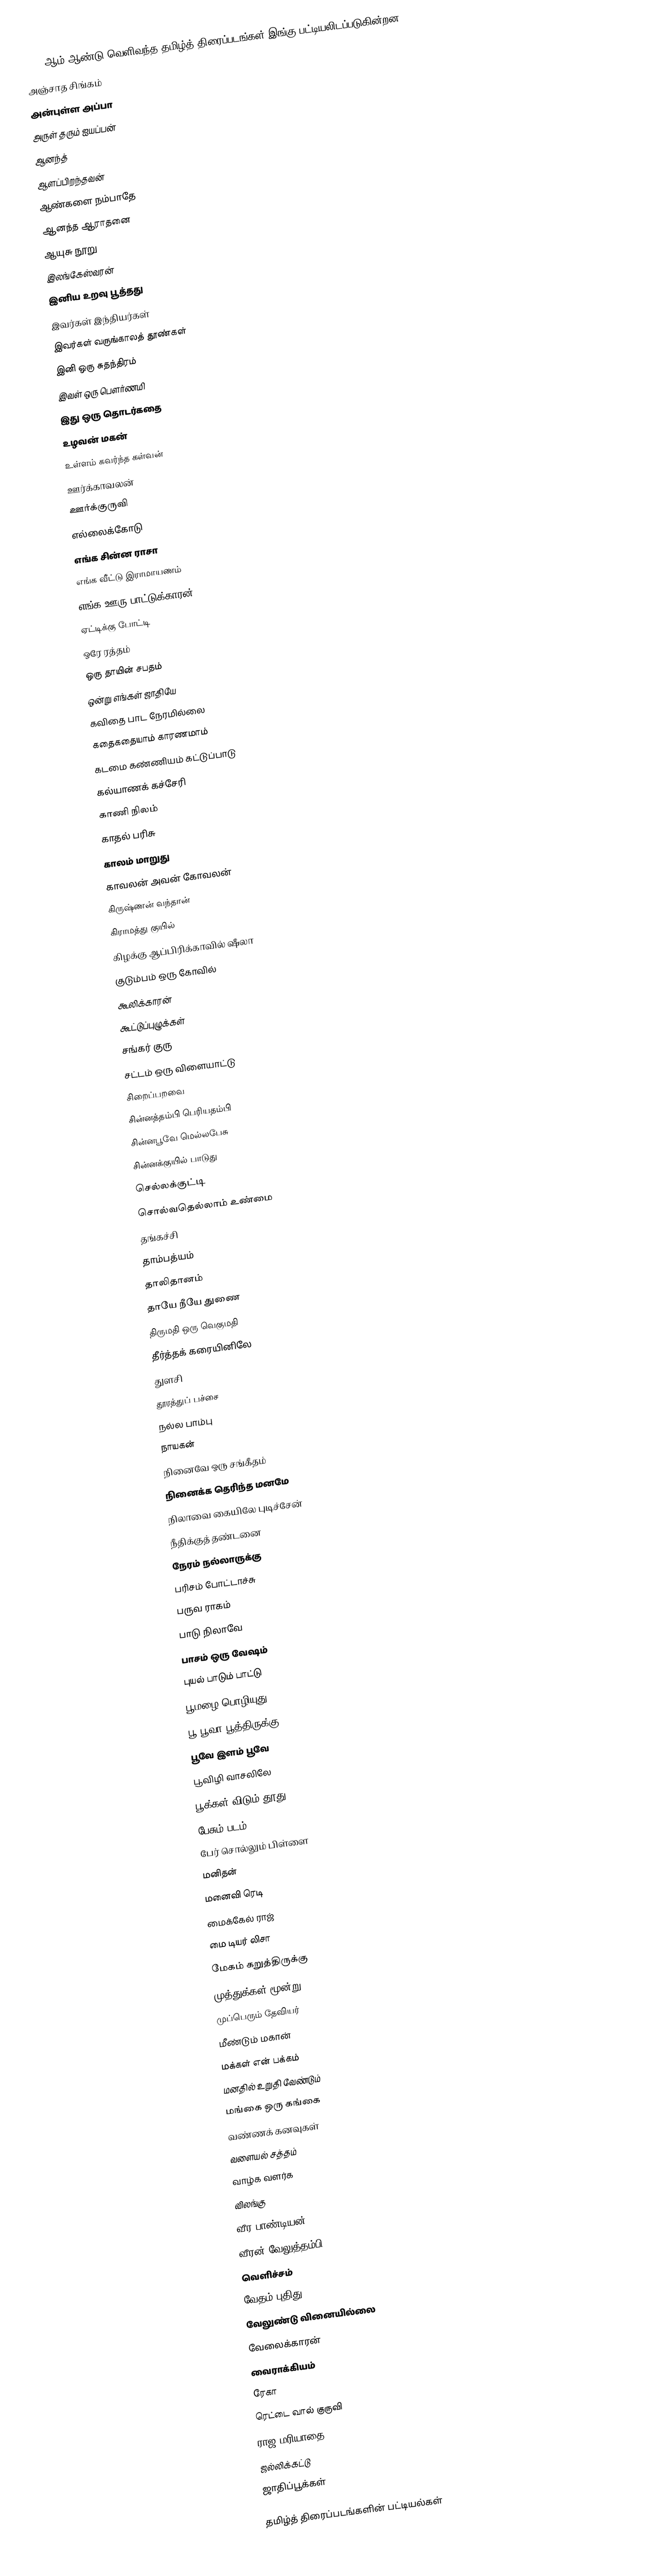
1987 ஆம் ஆண்டு வெளிவந்த தமிழ்த் திரைப்படங்கள் இங்கு பட்டியலிடப்படுகின்றன.
அஞ்சாத சிங்கம்
அன்புள்ள அப்பா
அருள் தரும் ஐயப்பன்
ஆனந்த்
ஆளப்பிறந்தவன்
ஆண்களை நம்பாதே
ஆனந்த ஆராதனை
ஆயுசு நூறு
இலங்கேஸ்வரன்
இனிய உறவு பூத்தது
இவர்கள் இந்தியர்கள்
இவர்கள் வருங்காலத் தூண்கள்
இனி ஒரு சுதந்திரம்
இவள் ஒரு பௌர்ணமி
இது ஒரு தொடர்கதை
உழவன் மகன்
உள்ளம் கவர்ந்த கள்வன்
ஊர்க்காவலன்
ஊர்க்குருவி
எல்லைக்கோடு
எங்க சின்ன ராசா
எங்க வீட்டு இராமாயணம்
எங்க ஊரு பாட்டுக்காரன்
ஏட்டிக்கு போட்டி
ஒரே ரத்தம்
ஒரு தாயின் சபதம்
ஒன்று எங்கள் ஜாதியே
கவிதை பாட நேரமில்லை
கதைகதையாம் காரணமாம்
கடமை கண்ணியம் கட்டுப்பாடு
கல்யாணக் கச்சேரி
காணி நிலம்
காதல் பரிசு
காலம் மாறுது
காவலன் அவன் கோவலன்
கிருஷ்ணன் வந்தான்
கிராமத்து குயில்
கிழக்கு ஆப்பிரிக்காவில் ஷீலா
குடும்பம் ஒரு கோவில்
கூலிக்காரன்
கூட்டுப்புழுக்கள்
சங்கர் குரு
சட்டம் ஒரு விளையாட்டு
சிறைப்பறவை
சின்னத்தம்பி பெரியதம்பி
சின்னபூவே மெல்லபேசு
சின்னக்குயில் பாடுது
செல்லக்குட்டி
சொல்வதெல்லாம் உண்மை
தங்கச்சி
தாம்பத்யம்
தாலிதானம்
தாயே நீயே துணை
திருமதி ஒரு வெகுமதி
தீர்த்தக் கரையினிலே
துளசி
தூரத்துப் பச்சை
நல்ல பாம்பு
நாயகன்
நினைவே ஒரு சங்கீதம்
நினைக்க தெரிந்த மனமே
நிலாவை கையிலே புடிச்சேன்
நீதிக்குத் தண்டனை
நேரம் நல்லாருக்கு
பரிசம் போட்டாச்சு
பருவ ராகம்
பாடு நிலாவே
பாசம் ஒரு வேஷம்
புயல் பாடும் பாட்டு
பூமழை பொழியுது
பூ பூவா பூத்திருக்கு
பூவே இளம் பூவே
பூவிழி வாசலிலே
பூக்கள் விடும் தூது
பேசும் படம்
பேர் சொல்லும் பிள்ளை
மனிதன்
மனைவி ரெடி
மைக்கேல் ராஜ்
மை டியர் லிசா
மேகம் கறுத்திருக்கு
முத்துக்கள் மூன்று
முப்பெரும் தேவியர்
மீண்டும் மகான்
மக்கள் என் பக்கம்
மனதில் உறுதி வேண்டும்
மங்கை ஒரு கங்கை
வண்ணக் கனவுகள்
வளையல் சத்தம்
வாழ்க வளர்க
விலங்கு
வீர பாண்டியன்
வீரன் வேலுத்தம்பி
வெளிச்சம்
வேதம் புதிது
வேலுண்டு வினையில்லை
வேலைக்காரன்
வைராக்கியம்
ரேகா
ரெட்டை வால் குருவி
ராஜ மரியாதை
ஜல்லிக்கட்டு
ஜாதிப்பூக்கள்

தமிழ்த் திரைப்படங்களின் பட்டியல்கள்